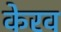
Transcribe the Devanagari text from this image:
केरव